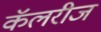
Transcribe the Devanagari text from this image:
कॅलरीज